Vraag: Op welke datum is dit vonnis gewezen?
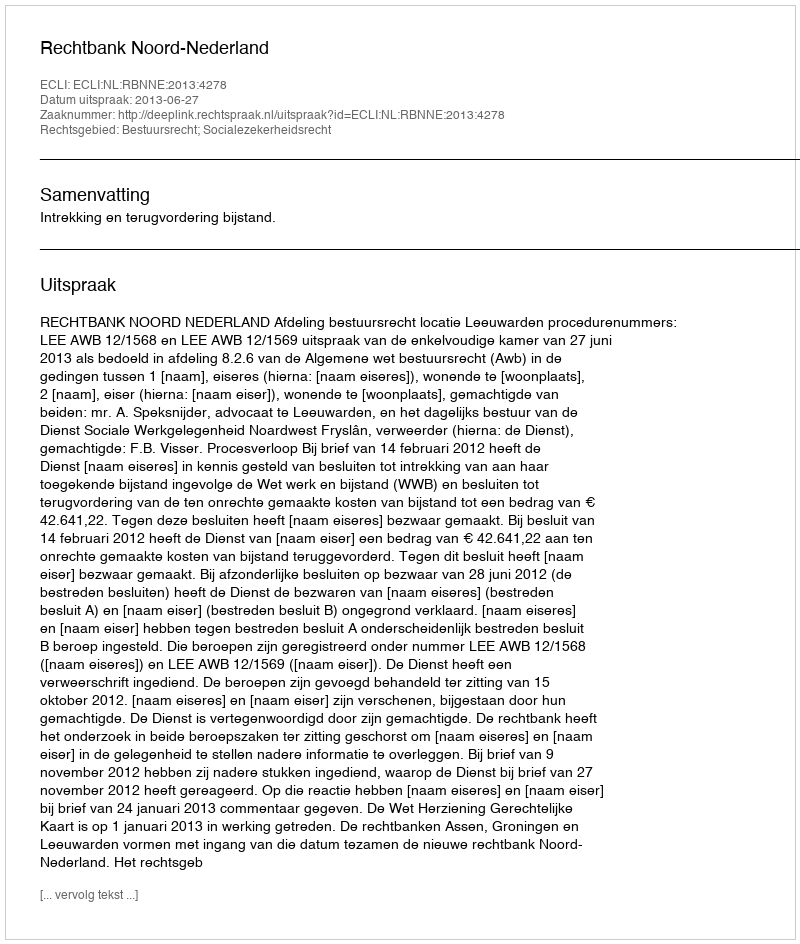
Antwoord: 2013-06-27